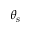
\theta _ { s }